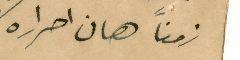
زمناً هان احراره